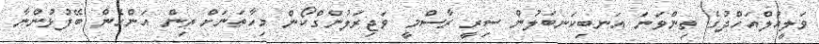
ވަލީއުލްއަހްދުގެ ތިންވަނަ އަނބިކަނބަލުން ސިރީ ރާސްމީ ވަޖިރަލުންގްކޯން މިހާތަނަށް ތިން އަންހެން ބޭފުޅުންނާ